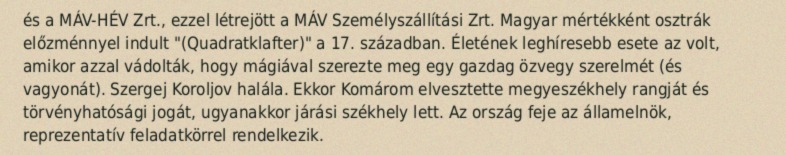
és a MÁV-HÉV Zrt., ezzel létrejött a MÁV Személyszállítási Zrt. Magyar mértékként osztrák előzménnyel indult "(Quadratklafter)" a 17. században. Életének leghíresebb esete az volt, amikor azzal vádolták, hogy mágiával szerezte meg egy gazdag özvegy szerelmét (és vagyonát). Szergej Koroljov halála. Ekkor Komárom elvesztette megyeszékhely rangját és törvényhatósági jogát, ugyanakkor járási székhely lett. Az ország feje az államelnök, reprezentatív feladatkörrel rendelkezik.